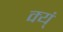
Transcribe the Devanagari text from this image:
क्य्ं